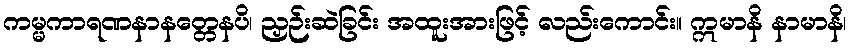
ကမ္မကာရဏနာနတ္တေနပိ၊ ညှဉ်းဆဲခြင်း အထူးအားဖြင့် လည်းကောင်း။ ဣမာနိ နာမာနိ၊